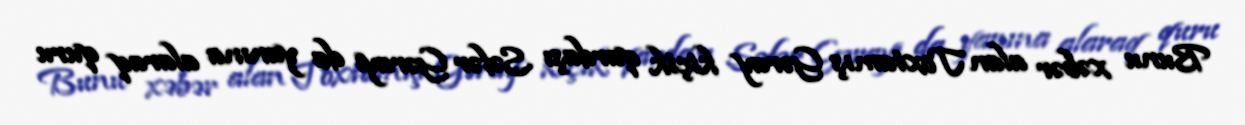
Bunu xəbər alan Toxtamış Gəray kiçik qardaşı Səfər Gərayı da yanına alaraq quru